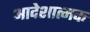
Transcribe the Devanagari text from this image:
आदेशात्‍मक